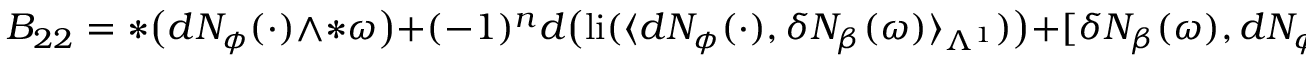
B _ { 2 2 } = \ast \big ( d N _ { \phi } ( \cdot ) \wedge \ast \omega \big ) + ( - 1 ) ^ { n } d \big ( \mathrm { l i } ( \langle d N _ { \phi } ( \cdot ) , \delta N _ { \beta } ( \omega ) \rangle _ { \Lambda ^ { 1 } } ) \big ) + [ \delta N _ { \beta } ( \omega ) , d N _ { \phi } ( \cdot ) ] _ { 1 }